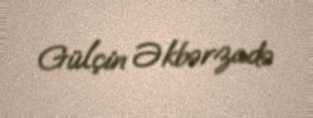
Gülçin Əkbərzadə